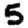
Digit: 5